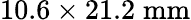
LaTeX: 10.6\times 21.2\; \mathrm{mm}